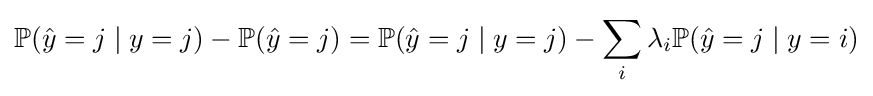
\mathbb {P} ({\hat {y}}=j\mid y=j)-\mathbb {P} ({\hat {y}}=j)=\mathbb {P} ({\hat {y}}=j\mid y=j)-\sum _{i}\lambda _{i}\mathbb {P} ({\hat {y}}=j\mid y=i)